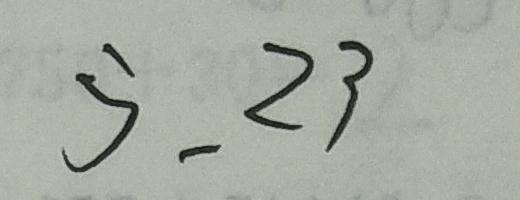
5 . 2 3